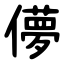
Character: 儚